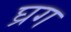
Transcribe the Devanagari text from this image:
घ्रग